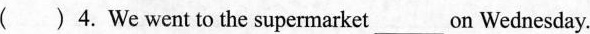
( )4.We went to the supermarket___on Wednesday.